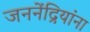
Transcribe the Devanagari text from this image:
जननेंद्रियांना